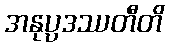
အနုပ္ပဒဿတီတိ